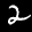
Label: 2